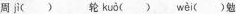
周ji() 轮 kuǒ () wèi ()勉